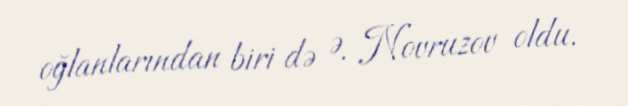
oğlanlarından biri də Ə. Novruzov oldu.